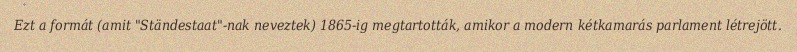
Ezt a formát (amit "Ständestaat"-nak neveztek) 1865-ig megtartották, amikor a modern kétkamarás parlament létrejött.